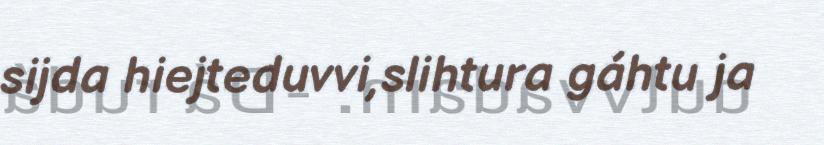
sijda hiejteduvvi,slihtura gáhtu ja